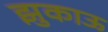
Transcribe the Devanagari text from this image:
झुकाऊ